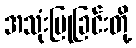
အသုံးပြုခြင်းတို့